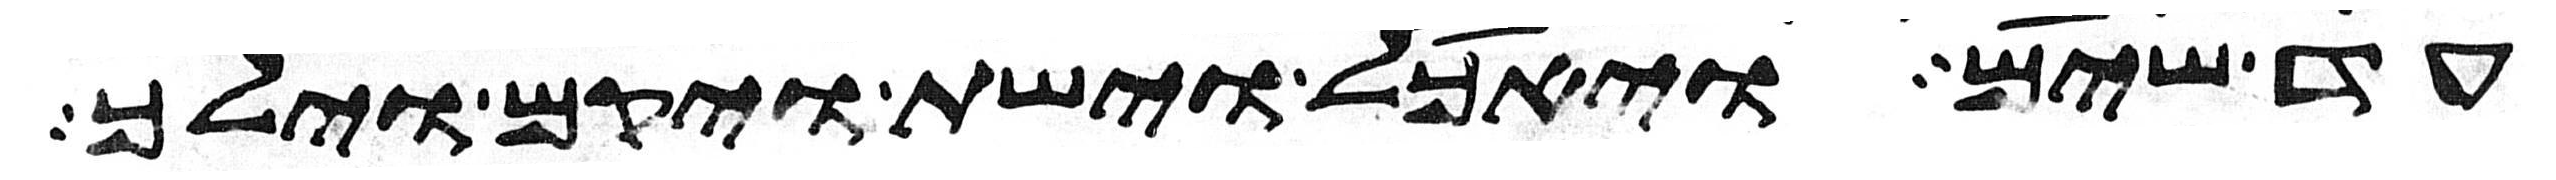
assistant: עד שים ויאכל וישת ויקם וילך